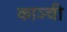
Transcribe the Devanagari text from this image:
काञ्ची